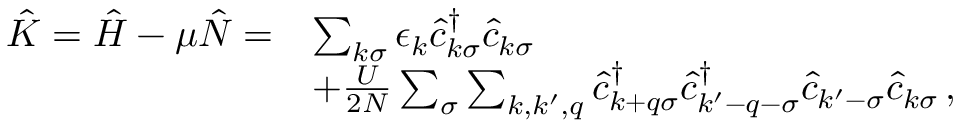
\begin{array} { r l } { \hat { K } = \hat { H } - \mu \hat { N } = } & { \sum _ { k \sigma } \epsilon _ { k } \hat { c } _ { k \sigma } ^ { \dagger } \hat { c } _ { k \sigma } } \\ & { + \frac { U } { 2 N } \sum _ { \sigma } \sum _ { k , k ^ { \prime } , q } \hat { c } _ { k + q \sigma } ^ { \dagger } \hat { c } _ { k ^ { \prime } - q - \sigma } ^ { \dagger } \hat { c } _ { k ^ { \prime } - \sigma } \hat { c } _ { k \sigma } \, , } \end{array}